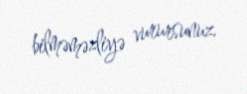
bilməməzliyə vurursunuz.